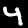
Digit: 4